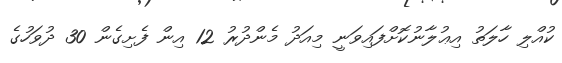
ކުއްލި ހާލަތު އިޢުލާނުކޮށްފައިވަނީ މިއަދު މެންދުރު 12 އިން ފެށިގެން 30 ދުވަހުގެ